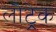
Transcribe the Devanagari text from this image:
लौट्रेक